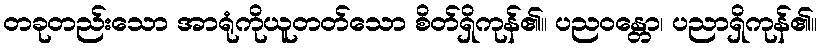
တခုတည်းသော အာရုံကိုယူတတ်သော စိတ်ရှိကုန်၏။ ပညဝန္တော၊ ပညာရှိကုန်၏။